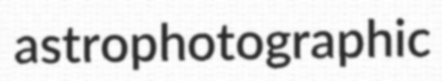
astrophotographic